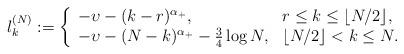
LaTeX: \begin{align*} l_k^{(N)}:=\left\{ \begin{array}{ll} -\upsilon- (k-r)^{\alpha_+},&r\leq k\leq \lfloor N/2\rfloor, \\ -\upsilon - (N-k)^{\alpha_+} - \frac{3}{4} \log N,& \lfloor N/2\rfloor <k \leq N. \end{array} \right. \end{align*}